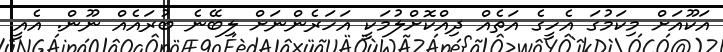
އަކޫއަށް މިކަމުގަ އެހީގެ އަތެއް ދިއްކޮށްލުމަކީ އަހަރެންނަށް ލިބޭނެ ބުރައެއް ނޫން. އެއީ